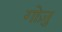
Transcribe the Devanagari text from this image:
गोज़ु